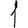
Digit: 1